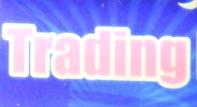
trading